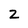
Character: z